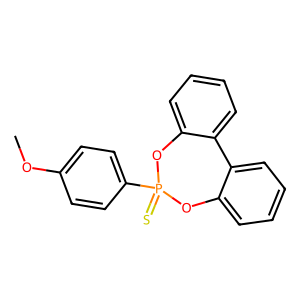
SMILES: COc1ccc(P2(=S)Oc3ccccc3-c3ccccc3O2)cc1
Inhibits HIV replication: No